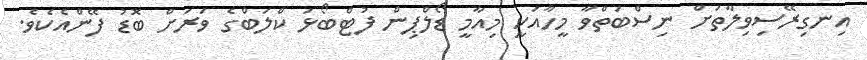
އިނގިރޭސިވިލާތަށް ނިސްބަތްވާ މީހާއަކީ މިއާމީ ޑޯލްޕިން ފުޓްބޯޅަ ކްލަބްގެ ވަރަށް ބޮޑު ފޭންއެކެވެ.